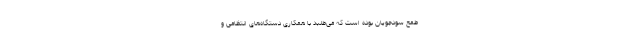
طمع سودجویان بوده‌ است که می‌طلبد با همکاری دستگاه‌های انتظامی و